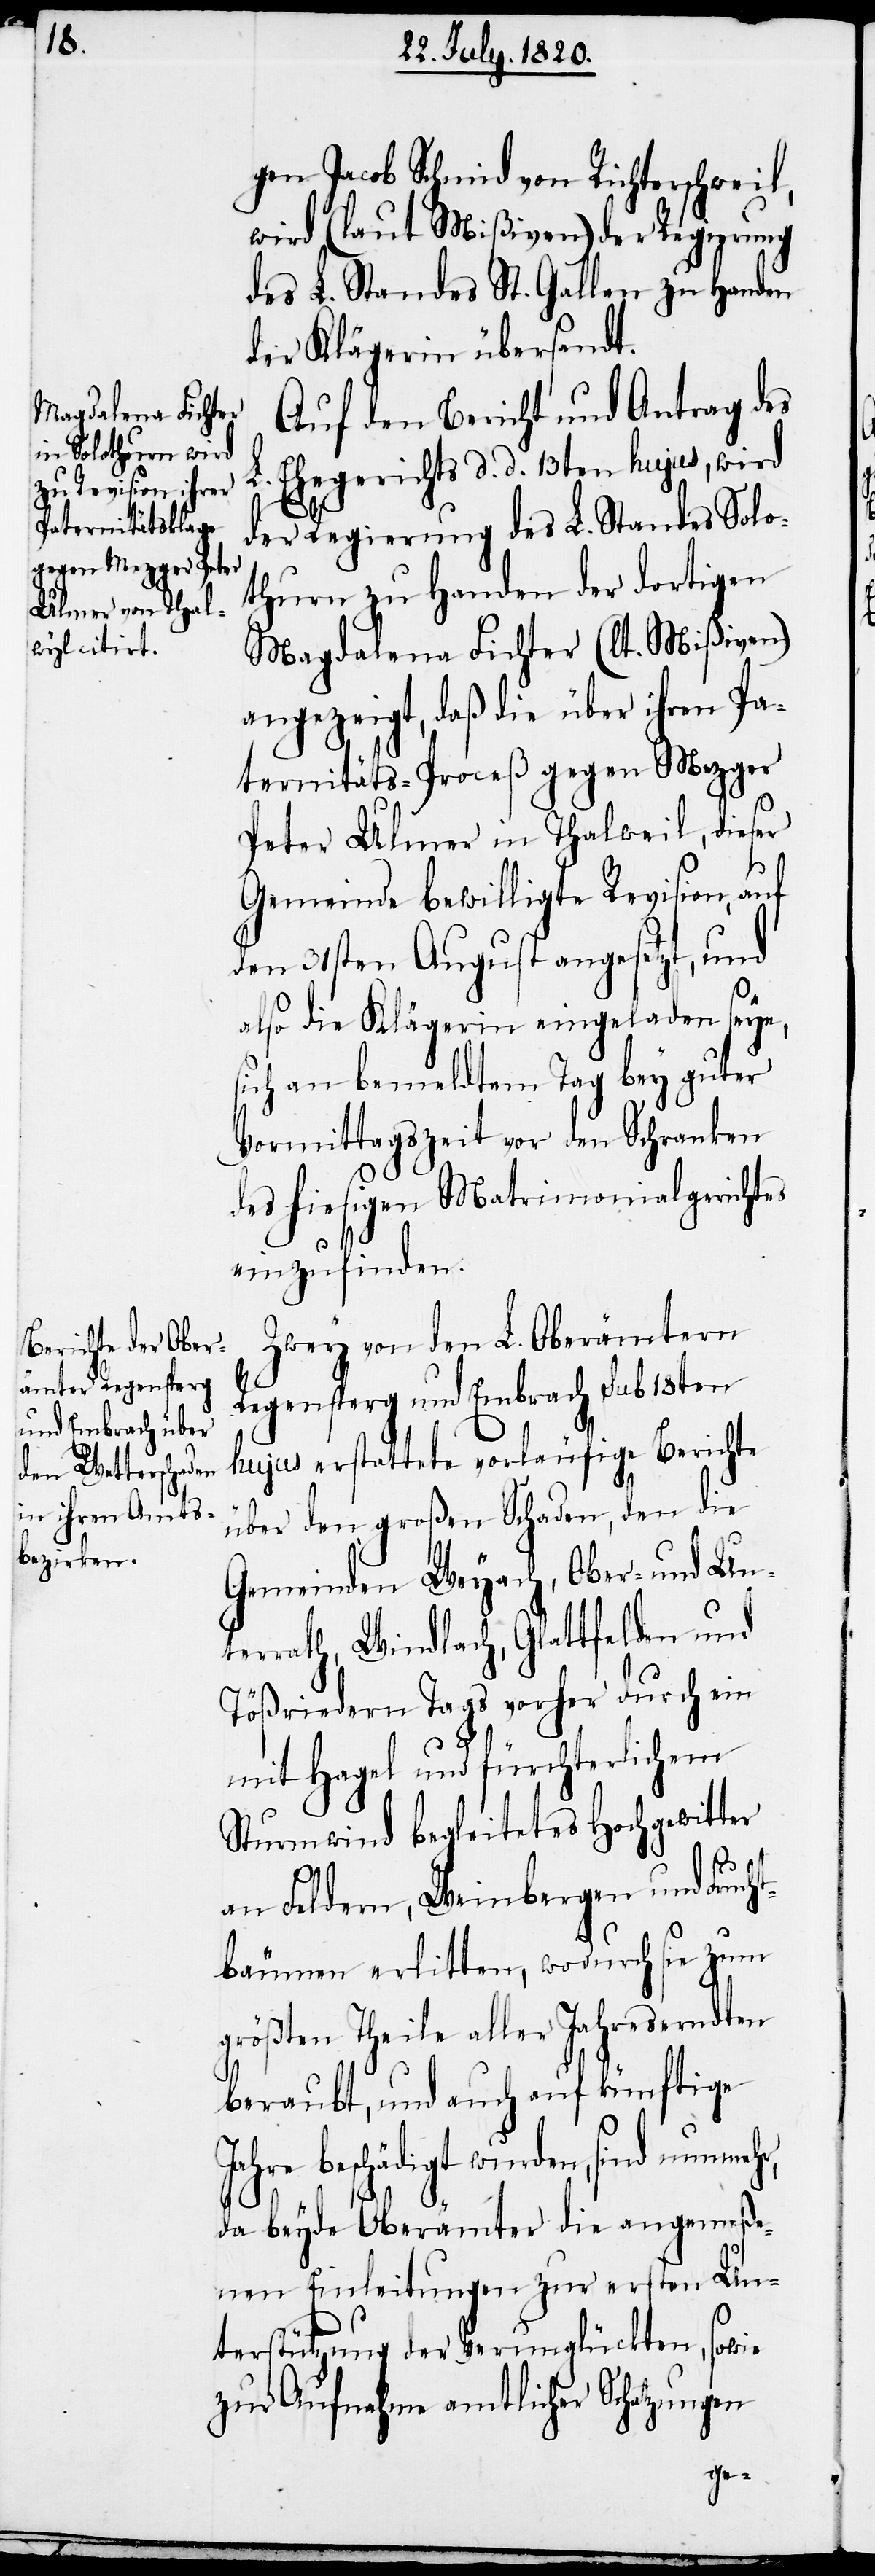
gen Jacob Schmid von Richterschweil,
wird (laut Mißiven) der Regierung
des L. Standes St. Gallen zu Handen
der Klägerin übersandt.
Auf den Bericht und Antrag des
L. Ehegerichts d. d. 13ten hujus, wird
der Regierung des L. Standes Solo¬
thurn zu Handen der dortigen
Magdalena Fichter (laut Mißiven)
angezeigt, daß die über ihren Pa¬
ternitäts-Proceß gegen Mezger
Peter Ulmer in Thalweil [sic!],
Gemeinde bewilligte Revision, auf
den 31sten August angesetzt, und
also die Klägerin eingeladen sey,
sich an bemeldtem Tag bey guter
Vormittagszeit vor den Schranken
des hiesigen Matrimonialgerichtes
einzufinden.
Zwey von den L. Oberämtern
Regensperg und Embrach sub 18ten
hujus erstattete vorläufige Berichte
über den großen Schaden, den die
Gemeinden Weyach, Ober- und Un¬
terrath, Windlach, Glattfelden und
Tößriedern Tags vorher durch ein
mit Hagel und fürchterlichem
Sturmwind begleitetes Hochgewitter
hr,
an Feldern, Weinbergen und Frucht¬
bäumen erlitten, wodurch sie zum
größten Theile aller Jahreserndten
beraubt, und auch auf künftige
beschädigt wurden, sind nunme¬
da beyde Oberämter die angemeße¬
nen Einleitungen zur ersten Un¬
terstützung der Verunglückten, sowie
zur Aufnahme amtlicher Schatzungen